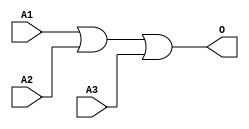
module JOR3B(A1, A2, A3, O);
input   A1;
input   A2;
input   A3;
output  O;
or g0(O, A1, A2, A3);
endmodule